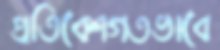
প্রতিবেশগতভাবে